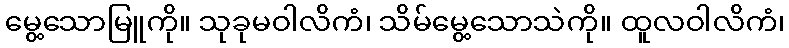
မွေ့သောမြူကို။ သုခုမဝါလိကံ၊ သိမ်မွေ့သောသဲကို။ ထူလဝါလိကံ၊